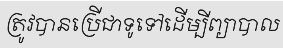
ត្រូវបានប្រើជាទូទៅដើម្បីព្យាបាល